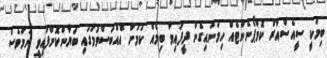
ބިމަކީ ސީއެސްއާރް ކޮމްޕޯނެންޓެއް ހިމަނައިގެން ދީފައިވާ ބިމެއް ކަމަށް އެއްބަސްވުމުގައި ބަޔާންކޮށްފައިވީ ނަމަވެސް